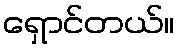
ရှောင်တယ်။